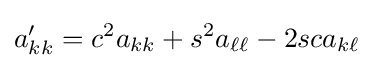
a'_{kk}=c^{2}a_{kk}+s^{2}a_{\ell \ell }-2sca_{k\ell }\,\!